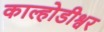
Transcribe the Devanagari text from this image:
काल्होडीश्वर